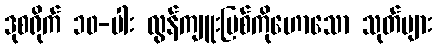
ဒုစရိုက် ၁၀-ပါး လွန်ကျူးပြစ်ကိုဟောသော သုတ်များ